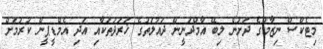
މިޓެކްސް ނިޒާމުގެ ދަށުން ލިބޭ އާމްދަނީން ދައުލަތުގެ ޚަރަދުތަކާއި އަދި އެމްޑީޕީން ކުރުމަށް